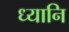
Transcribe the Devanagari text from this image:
ध्यानि